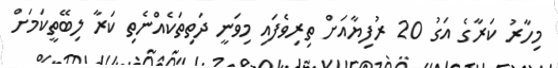
މިހާރު ކަރާގެ އަގު 20 ރުފިޔާއަށް ތިރިވެފައި މިވަނީ ދަތިތަކެއްނެތި ކަރާ ލިބޭތީކަމަށް